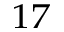
^ { 1 7 }